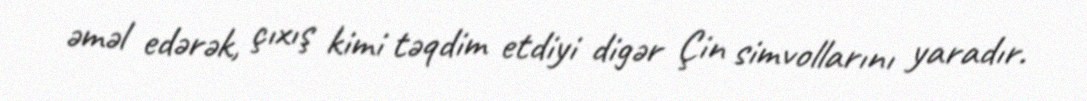
əməl edərək, çıxış kimi təqdim etdiyi digər Çin simvollarını yaradır.